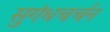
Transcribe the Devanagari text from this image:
सुगंधचर्चन